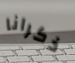
ذكرانا